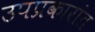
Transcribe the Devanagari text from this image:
उपप्रकारांत